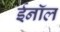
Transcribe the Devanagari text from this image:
ईनॉल